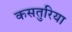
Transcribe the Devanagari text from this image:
कसतुरिया